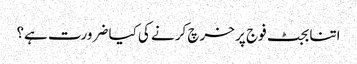
اتنا بجٹ فوج پر خرچ کرنے کی کیا ضرورت ہے؟